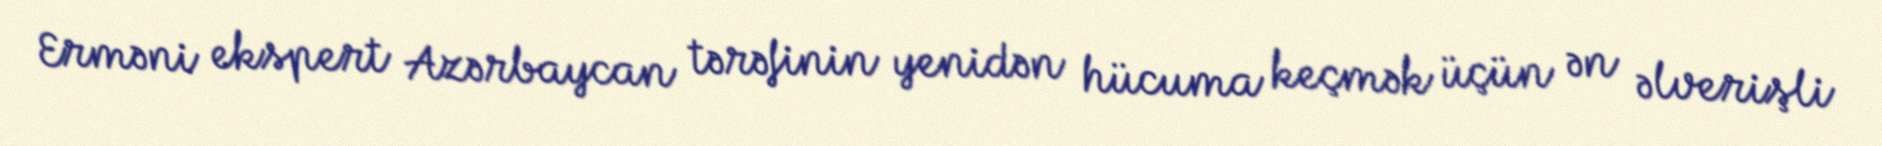
Erməni ekspert Azərbaycan tərəfinin yenidən hücuma keçmək üçün ən əlverişli